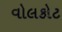
વોલકોટ